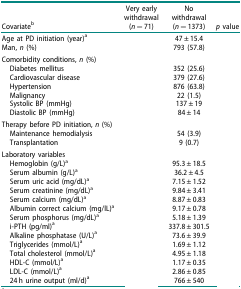
<table><thead><tr><td><b>Covariate<sup>b</sup></b></td><td><b>Very early withdrawal (<i>n</i> = 71)</b></td><td><b>No withdrawal (<i>n</i> = 1373)</b></td><td><b><i>p</i> value</b></td></tr></thead><tbody><tr><td>Age at PD initiation (year)<sup>a</sup></td><td>[EMPTY_CELL]</td><td>47 ± 15.4</td><td>[EMPTY_CELL]</td></tr><tr><td>Man, <i>n</i> (%)</td><td>[EMPTY_CELL]</td><td>793 (57.8)</td><td>[EMPTY_CELL]</td></tr><tr><td>Comorbidity conditions, <i>n</i> (%)</td><td>[EMPTY_CELL]</td><td>[EMPTY_CELL]</td><td>[EMPTY_CELL]</td></tr><tr><td> Diabetes mellitus</td><td>[EMPTY_CELL]</td><td>352 (25.6)</td><td>[EMPTY_CELL]</td></tr><tr><td> Cardiovascular disease</td><td>[EMPTY_CELL]</td><td>379 (27.6)</td><td>[EMPTY_CELL]</td></tr><tr><td> Hypertension</td><td>[EMPTY_CELL]</td><td>876 (63.8)</td><td>[EMPTY_CELL]</td></tr><tr><td> Malignancy</td><td>[EMPTY_CELL]</td><td>22 (1.5)</td><td>[EMPTY_CELL]</td></tr><tr><td> Systolic BP (mmHg)</td><td>[EMPTY_CELL]</td><td>137 ± 19</td><td>[EMPTY_CELL]</td></tr><tr><td> Diastolic BP (mmHg)</td><td>[EMPTY_CELL]</td><td>84 ± 14</td><td>[EMPTY_CELL]</td></tr><tr><td>Therapy before PD initiation, <i>n</i> (%)</td><td>[EMPTY_CELL]</td><td>[EMPTY_CELL]</td><td>[EMPTY_CELL]</td></tr><tr><td> Maintenance hemodialysis</td><td>[EMPTY_CELL]</td><td>54 (3.9)</td><td>[EMPTY_CELL]</td></tr><tr><td> Transplantation</td><td>[EMPTY_CELL]</td><td>9 (0.7)</td><td>[EMPTY_CELL]</td></tr><tr><td>Laboratory variables</td><td>[EMPTY_CELL]</td><td>[EMPTY_CELL]</td><td>[EMPTY_CELL]</td></tr><tr><td> Hemoglobin (g/L)<sup>a</sup></td><td>[EMPTY_CELL]</td><td>95.3 ± 18.5</td><td>[EMPTY_CELL]</td></tr><tr><td> Serum albumin (g/L)<sup>a</sup></td><td>[EMPTY_CELL]</td><td>36.2 ± 4.5</td><td>[EMPTY_CELL]</td></tr><tr><td> Serum uric acid (mg/dL)<sup>a</sup></td><td>[EMPTY_CELL]</td><td>7.15 ± 1.52</td><td>[EMPTY_CELL]</td></tr><tr><td> Serum creatinine (mg/dL)<sup>a</sup></td><td>[EMPTY_CELL]</td><td>9.84 ± 3.41</td><td>[EMPTY_CELL]</td></tr><tr><td> Serum calcium (mg/dL)<sup>a</sup></td><td>[EMPTY_CELL]</td><td>8.87 ± 0.83</td><td>[EMPTY_CELL]</td></tr><tr><td> Albumin correct calcium (mg/lL)<sup>a</sup></td><td>[EMPTY_CELL]</td><td>9.17 ± 0.78</td><td>[EMPTY_CELL]</td></tr><tr><td> Serum phosphorus (mg/dL)<sup>a</sup></td><td>[EMPTY_CELL]</td><td>5.18 ± 1.39</td><td>[EMPTY_CELL]</td></tr><tr><td> i-PTH (pg/ml)<sup>a</sup></td><td>[EMPTY_CELL]</td><td>337.8 ± 301.5</td><td>[EMPTY_CELL]</td></tr><tr><td> Alkaline phosphatase (U/L)<sup>a</sup></td><td>[EMPTY_CELL]</td><td>73.6 ± 39.9</td><td>[EMPTY_CELL]</td></tr><tr><td> Triglycerides (mmol/L)<sup>a</sup></td><td>[EMPTY_CELL]</td><td>1.69 ± 1.12</td><td>[EMPTY_CELL]</td></tr><tr><td> Total cholesterol (mmol/L)<sup>a</sup></td><td>[EMPTY_CELL]</td><td>4.95 ± 1.18</td><td>[EMPTY_CELL]</td></tr><tr><td> HDL-C (mmol/L)<sup>a</sup></td><td>[EMPTY_CELL]</td><td>1.17 ± 0.35</td><td>[EMPTY_CELL]</td></tr><tr><td> LDL-C (mmol/L)<sup>a</sup></td><td>[EMPTY_CELL]</td><td>2.86 ± 0.85</td><td>[EMPTY_CELL]</td></tr><tr><td> 24 h urine output (ml/d)<sup>a</sup></td><td>[EMPTY_CELL]</td><td>766 ± 540</td><td>[EMPTY_CELL]</td></tr></tbody></table>